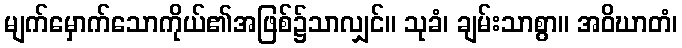
မျက်မှောက်သောကိုယ်၏အဖြစ်၌သာလျှင်။ သုခံ၊ ချမ်းသာစွာ။ အဝိဃာတံ၊